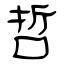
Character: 哲